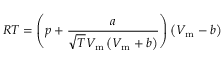
R T = \left( p + { \frac { a } { { \sqrt { T } } V _ { \mathrm { m } } \left( V _ { \mathrm { m } } + b \right) } } \right) \left( V _ { \mathrm { m } } - b \right)